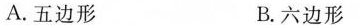
A.五边形 B.六边形